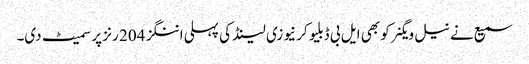
سمیع نے نیل ویگنر کو بھی ایل بی ڈبلیو کر نیوزی لینڈ کی پہلی اننگز 204 رنز پر سمیٹ دی۔